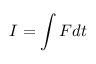
I = \int F d t